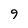
Character: 9